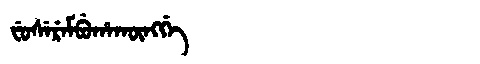
Manchu: ᠸᡠᠰᡝᡵᡝᠮᠪᡠᡥᠠᡴᡡᠩᡤᡝ
Romanization: FUSEREMBUHAKŪNGGE